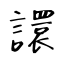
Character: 譞